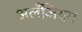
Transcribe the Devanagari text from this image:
अलँजियम